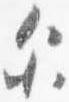
示